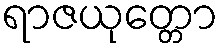
ရာဇယုတ္တော